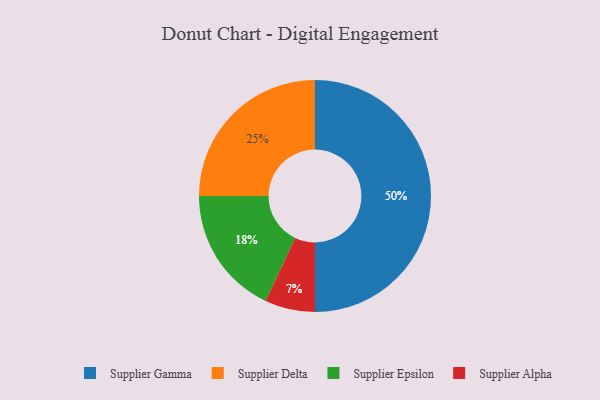
{"axis": {"x": "Category", "y": "Percentage"}, "legend": ["Supplier Alpha", "Supplier Delta", "Supplier Epsilon", "Supplier Gamma"], "data": [{"x": "Supplier Gamma", "y": 50, "type": "Supplier Gamma"}, {"x": "Supplier Alpha", "y": 7, "type": "Supplier Alpha"}, {"x": "Supplier Delta", "y": 25, "type": "Supplier Delta"}, {"x": "Supplier Epsilon", "y": 18, "type": "Supplier Epsilon"}]}